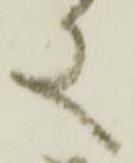
又